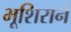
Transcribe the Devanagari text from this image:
भूशिराने